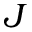
J